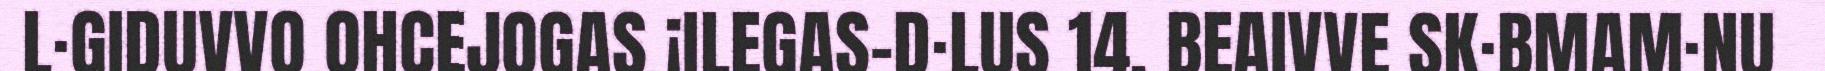
L·GIDUVVO OHCEJOGAS ¡ILEGAS-D·LUS 14. BEAIVVE SK·BMAM·NU